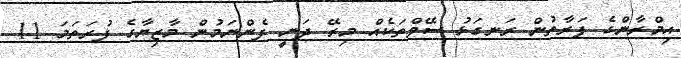
އިމްރާންގެ ފަރާތުން ރަނގަޅު ސޭވްތަކެއް މިރޭ ދަނީ ފެންނަމުން މާޒިޔާގެ ފުރަތަމަ 11